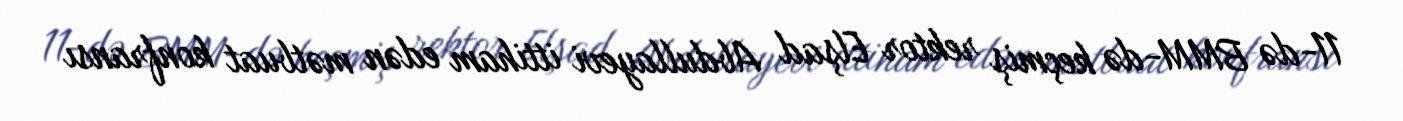
11-də BMM-də keçmiş rektor Elşad Abdullayevi ittiham edən mətbuat konfransı